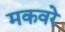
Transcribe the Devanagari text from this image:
मकवरे